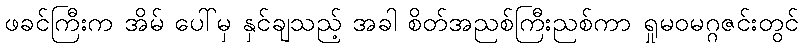
ဖခင်ကြီးက အိမ် ပေါ်မှ နှင်ချသည့် အခါ စိတ်အညစ်ကြီးညစ်ကာ ရှုမဝမဂ္ဂဇင်းတွင်